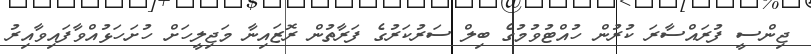
ޖިންސީ ފުރައްސާރަ ކުރުން ހުއްޓުވުމުގެ ބިލް ސަރުކަރުގެ ފަރާތުން ރޮޒައިނާ މަޖިލީހަށް ހުށަހަޅުއްވާފައިވާއިރު